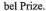
bel Prize.